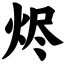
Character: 烬